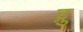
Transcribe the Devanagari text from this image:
द्रु